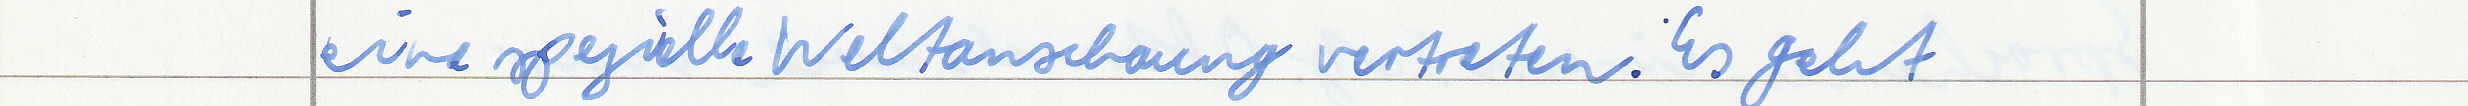
eine spezielle Weltanschauung vertreten. Es geht